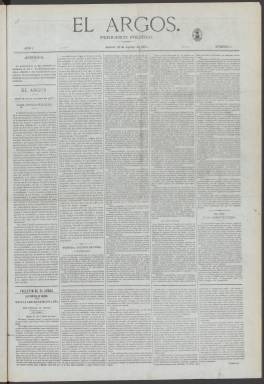
Título: El Argos (Madrid)
Colección: Periódicos
Ámbito geográfico: Madrid
Lugar de publicación: Madrid
Fechas: 13/08/1871-27/04/1872